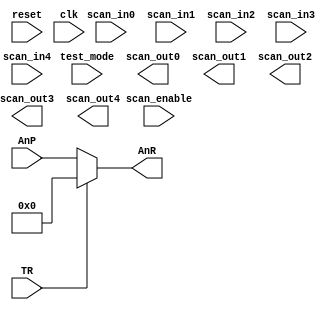
module TRIGB (
           reset,
           clk,
           scan_in0,
           scan_in1,
           scan_in2,
           scan_in3,
           scan_in4,
           scan_enable,
           test_mode,
           scan_out0,
           scan_out1,
           scan_out2,
           scan_out3,
           scan_out4,
           TR,
           AnP,
           AnR
       );

input
    reset,                      // system reset
    clk;                        // system clock

input
    scan_in0,                   // test scan mode data input
    scan_in1,                   // test scan mode data input
    scan_in2,                   // test scan mode data input
    scan_in3,                   // test scan mode data input
    scan_in4,                   // test scan mode data input
    scan_enable,                // test scan mode enable
    test_mode,                  // test mode 
    TR;

input [15:0] AnP;

output
    scan_out0,                  // test scan mode data output
    scan_out1,                  // test scan mode data output
    scan_out2,                  // test scan mode data output
    scan_out3,                  // test scan mode data output
    scan_out4;                  // test scan mode data output

output [15:0] AnR;
reg [15:0] AnR;

always @ (AnP, TR) begin
	if ( TR == 0) begin
		AnR = AnP;                   // equating AnR and AnP when TR = 0
	end else begin
		AnR = 0;                     // AnR will be 0 when TR = 1             
	end
end

endmodule